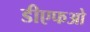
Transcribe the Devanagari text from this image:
डीएफओ